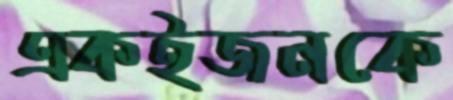
একইজনকে